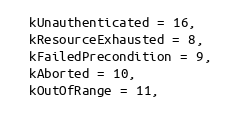
Language: C
  kUnauthenticated = 16,
  kResourceExhausted = 8,
  kFailedPrecondition = 9,
  kAborted = 10,
  kOutOfRange = 11,